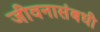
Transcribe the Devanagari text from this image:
जीवनासंबधी